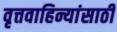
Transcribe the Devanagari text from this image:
वृत्तवाहिन्यांसाठी